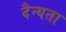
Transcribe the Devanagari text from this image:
दैन्यता